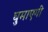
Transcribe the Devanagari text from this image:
घुमाएगी